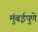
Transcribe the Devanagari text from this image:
मुंबईपुणे